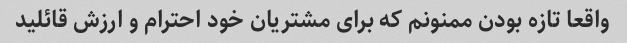
واقعا تازه بودن ممنونم که برای مشتریان خود احترام و ارزش قائلید